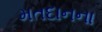
મતદાનના